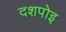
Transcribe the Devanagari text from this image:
दशपोइ